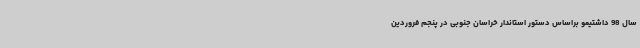
سال 98 داشتیمو براساس دستور استاندار خراسان جنوبی در پنجم فروردین